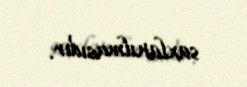
saxlanılmasıdır.